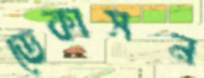
ডেকাসন